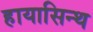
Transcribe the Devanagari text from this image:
हायासिन्थ